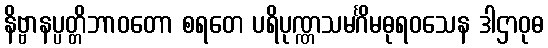
နိဗ္ဗာနပ္ပတ္တိဘာဝတော စရတေ ပရိပုဏ္ဏသမင်္ဂိမဓုရဝသေန ဒါဌာဝုဓ